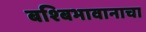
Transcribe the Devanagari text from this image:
बश्बिभावानाचा